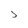
Character: 5